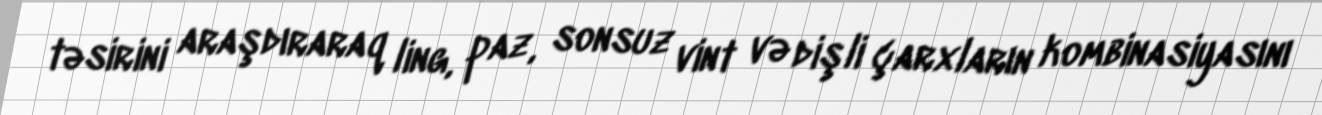
təsirini araşdıraraq ling, paz, sonsuz vint və dişli çarxların kombinasiyasını